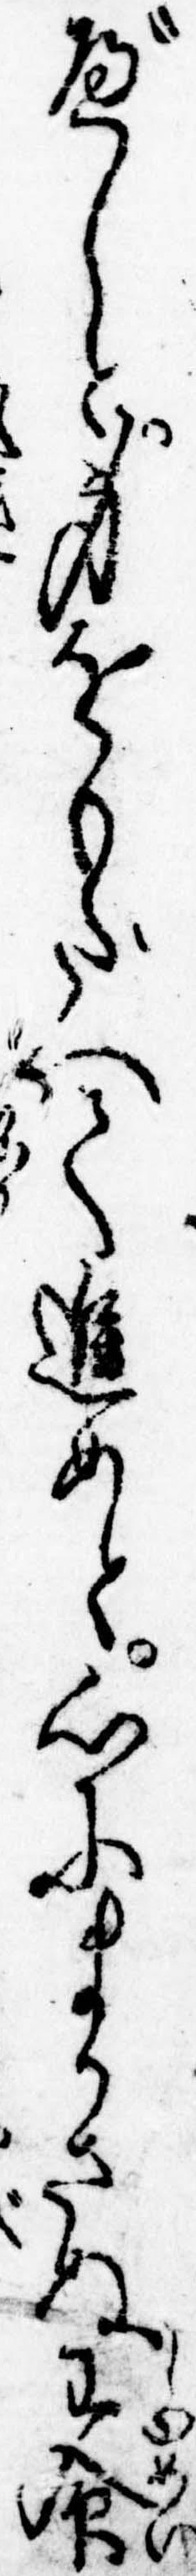
べしと身をもだへて進めと心にまかさぬ主命